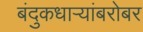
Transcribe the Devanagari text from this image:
बंदुकधार्‍यांबरोबर